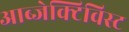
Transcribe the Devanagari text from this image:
आब्जेक्टिविस्ट